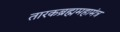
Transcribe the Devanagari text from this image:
तारकब्रह्ममहामंत्र